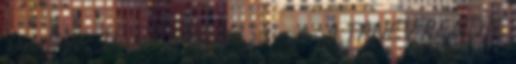
Dr. Sipos Ibolya igazgató -1- -6- A TANÉV RENDJE